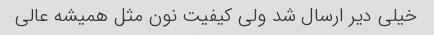
خیلی دیر ارسال شد ولی کیفیت نون مثل همیشه عالی